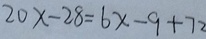
2 0 x - 2 8 = 6 x - 9 + 7 2